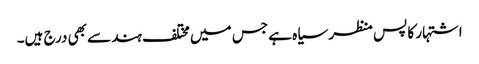
اشتہار کا پس منظر سیاہ ہے جس میں مختلف ہندسے بھی درج ہیں۔